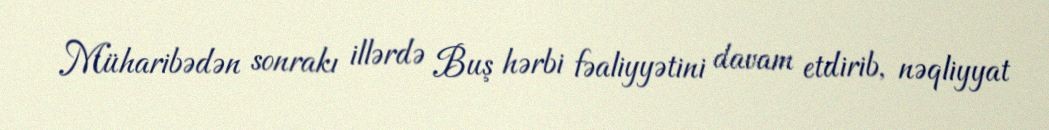
Müharibədən sonrakı illərdə Buş hərbi fəaliyyətini davam etdirib, nəqliyyat